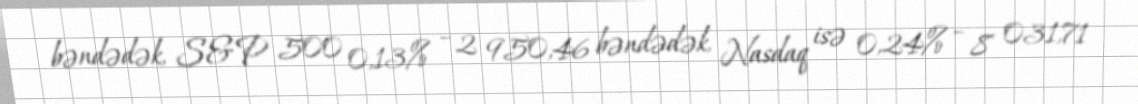
bəndədək, S&P 500 0,13% – 2 950,46 bəndədək, Nasdaq isə 0,24% – 8 031,71